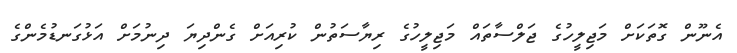
އެނޫން ގޮތަކަށް މަޖިލީހުގެ ޖަލްސާތައް މަޖިލީހުގެ ރިޔާސަތުން ކުރިއަށް ގެންދިޔަ ދިނުމަށް އަޅުގަނޑުމެންގެ